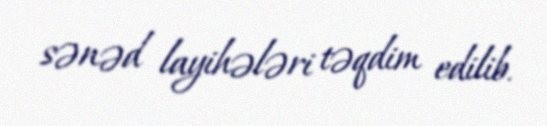
sənəd layihələri təqdim edilib.